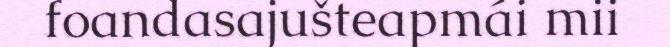
foandasajušteapmái mii